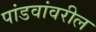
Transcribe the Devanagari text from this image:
पांडवांवरील